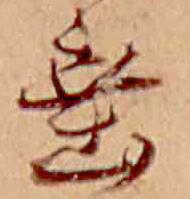
垂